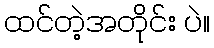
ထင်တဲ့အတိုင်း ပဲ။